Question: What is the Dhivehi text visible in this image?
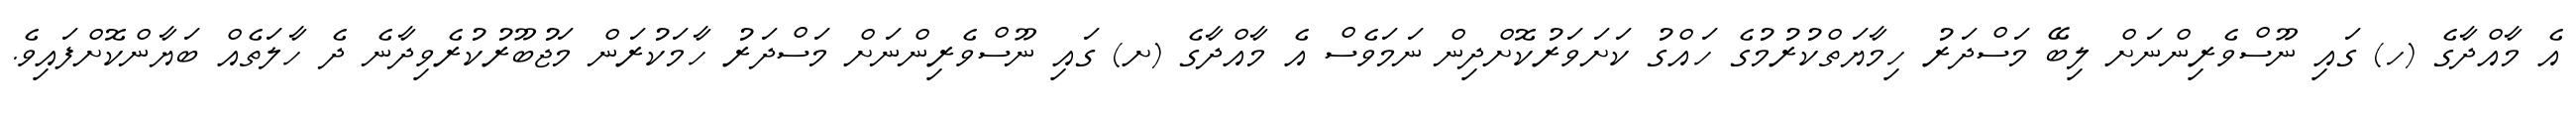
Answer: އެ މާއްދާގެ (ހ) ގައި ނޫސްވެރިންނަށް ލިބޭ މަސްދަރު ހިމާޔަތްކުރުމުގެ ހައްގު ކަށަވަރުކޮށްދިން ނަމަވެސް އެ މާއްދާގެ (ށ) ގައި ނޫސްވެރިންނަށް މަސްދަރު ހާމަކުރަން މަޖުބޫރުކުރެވިދާނެ ދެ ހާލަތެއް ބަޔާންކޮށްފައިވެ.